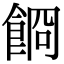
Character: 𩛯